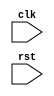
module for_loop_example (
    input wire clk,
    input wire rst
);

reg [7:0] i;

always @(posedge clk or posedge rst) begin
    if (rst) begin
        i <= 0;
    end else begin
        for (i=0; i<8; i=i+1) begin
            // Loop body
            // Add your statements or behaviors here

        end
    end
end

endmodule